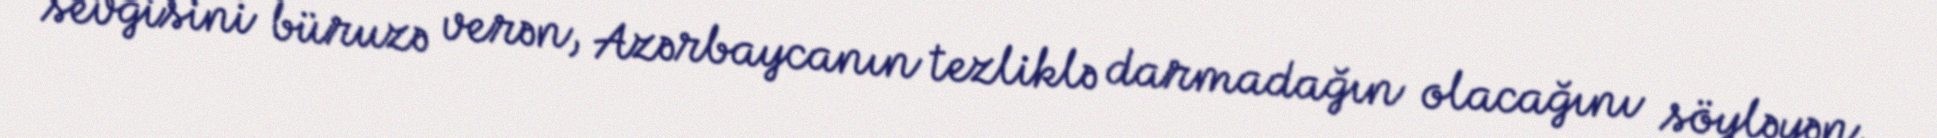
sevgisini büruzə verən, Azərbaycanın tezliklə darmadağın olacağını söyləyən,